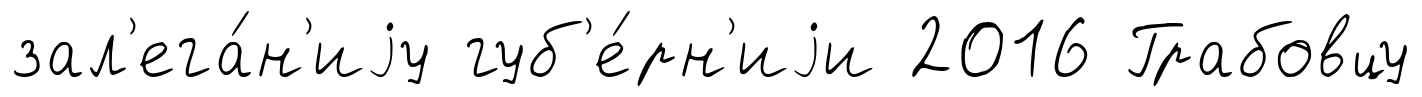
зал'ега́н'иjу губ'е́рн'иjи 2016 Грабовцу